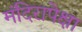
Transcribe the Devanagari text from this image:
मंदिरापेक्षा